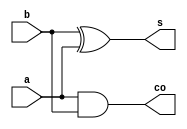

module semiSumador (
  input a,
  input b,
  output co,
  output s
);
  assign co = (a & b);
  assign s = (b ^ a);
endmodule

module sumadorCompleto (
  input cin,
  input b,
  input a,
  output co,
  output s
);
  wire s0;
  wire s1;
  wire s2;
  semiSumador semiSumador_i0 (
    .a( a ),
    .b( b ),
    .co( s0 ),
    .s( s1 )
  );
  semiSumador semiSumador_i1 (
    .a( s1 ),
    .b( cin ),
    .co( s2 ),
    .s( s )
  );
  assign co = (s0 | s2);
endmodule